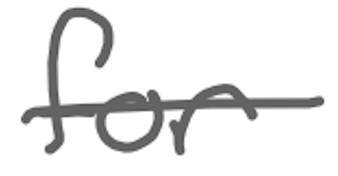
Text: for
Cross-out: single-line
Writing tool: digital_gray